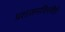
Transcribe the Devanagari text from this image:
प्रशासनाविषयीही